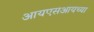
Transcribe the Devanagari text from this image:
आयएसआयच्या